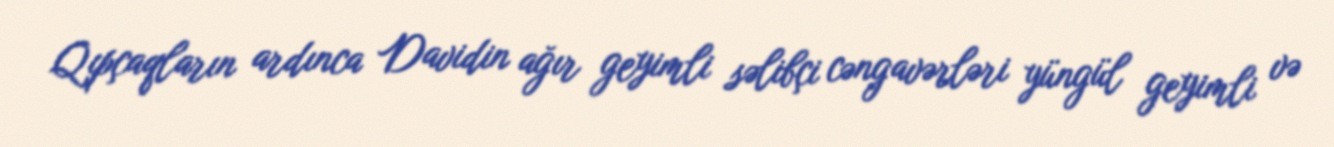
Qıpçaqların ardınca Davidin ağır geyimli səlibçi cəngavərləri yüngül geyimli və